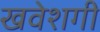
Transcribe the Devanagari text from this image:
खवेशगी